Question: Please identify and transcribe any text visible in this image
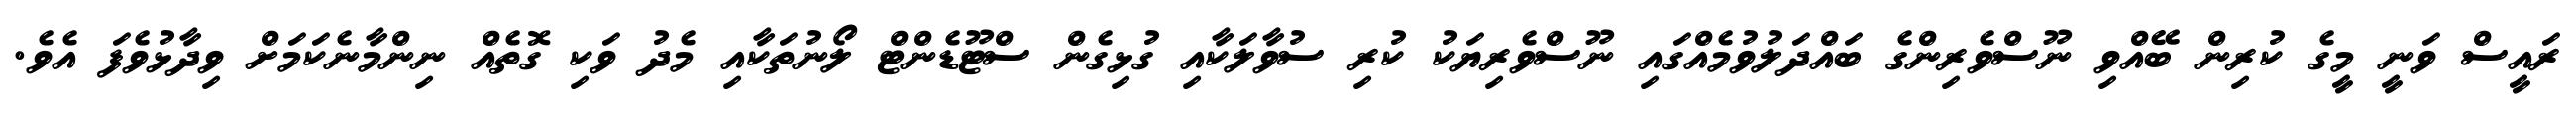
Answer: ރައީސް ވަނީ މީގެ ކުރިން ބޭއްވި ނޫސްވެރިންގެ ބައްދަލުވުމެއްގައި ނޫސްވެރިޔަކު ކުރި ސުވާލަކާއި ގުޅިގެން ސްޓޫޑެންޓް ލޯނުތަކާއި މެދު ވަކި ގޮތެއް ނިންމާނެކަމަށް ވިދާޅުވެފަ އެވެ.